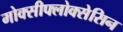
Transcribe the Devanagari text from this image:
मोक्सीफ्लोक्सेसिन